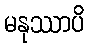
မနုဿာပိ